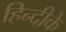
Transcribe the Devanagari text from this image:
हिन्दीके